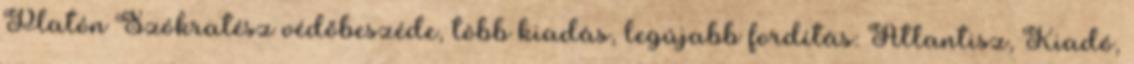
Platón Szókratész védőbeszéde, több kiadás, legújabb fordítás: Atlantisz, Kiadó,